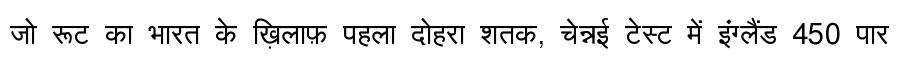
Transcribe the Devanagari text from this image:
जो रूट का भारत के ख़िलाफ़ पहला दोहरा शतक, चेन्नई टेस्ट में इंग्लैंड 450 पार